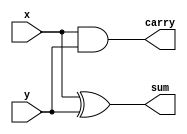
module half_adder
(
	x,
	y,
	sum,
	carry
);

	input x;
	input y;
	output sum;
	output carry;

	assign sum = x ^ y;
	assign carry = x & y;

endmodule